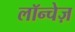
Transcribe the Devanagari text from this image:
लॉन्चेज़